Indian journal of veterinary science and animal husbandry - Volumes 15-17, 1948-1951
Year: 1948
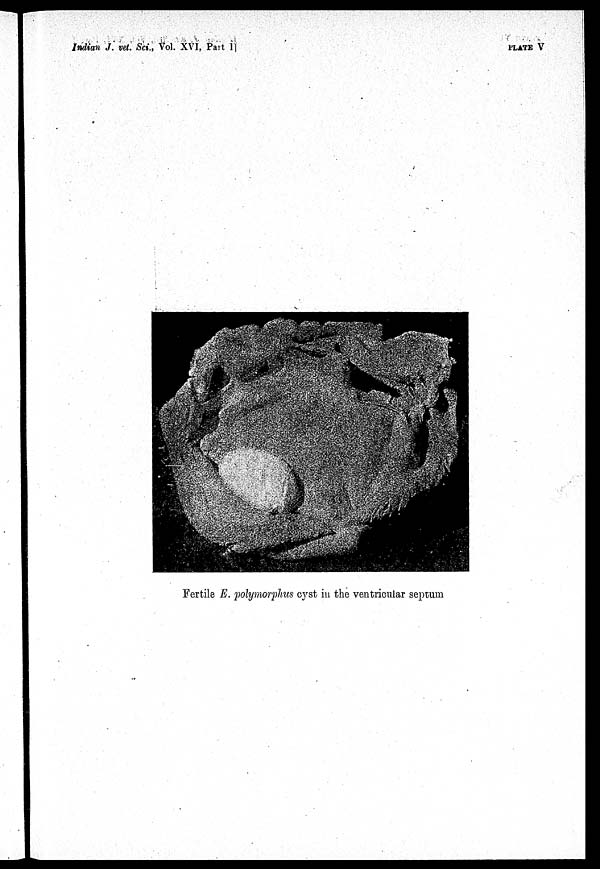
Indian J. vet. Sci., Vol. XVI, Part I]
PLATE V
Fertile E. polymorphus cyst in the ventricular septum